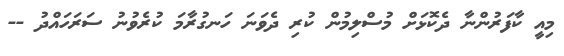
މިއީ ކާފަރުންނާ ދެކޮޅަށް މުސްލިމުން ކުރި ދެވަނަ ހަނގުރާމަ ކުރެވުނު ސަރަހައްދު --